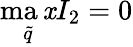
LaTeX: \operatorname*{ma\mathit{x}}_{\tilde{{q}}}{I_{2}}=0